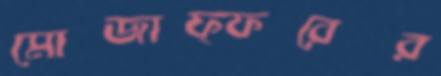
মোজাফ্ফরের